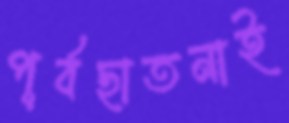
পূর্বছাতনাই